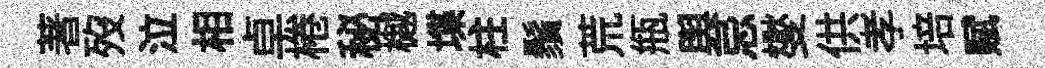
著歿泣相卓棬秘樾堞柱鬚荒瓶舆忌燮供孝培赋